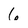
Character: 6